Annual report of the Punjab Veterinary College and of the Civil Veterinary Department, Punjab - 1909-1919
Year: 1909
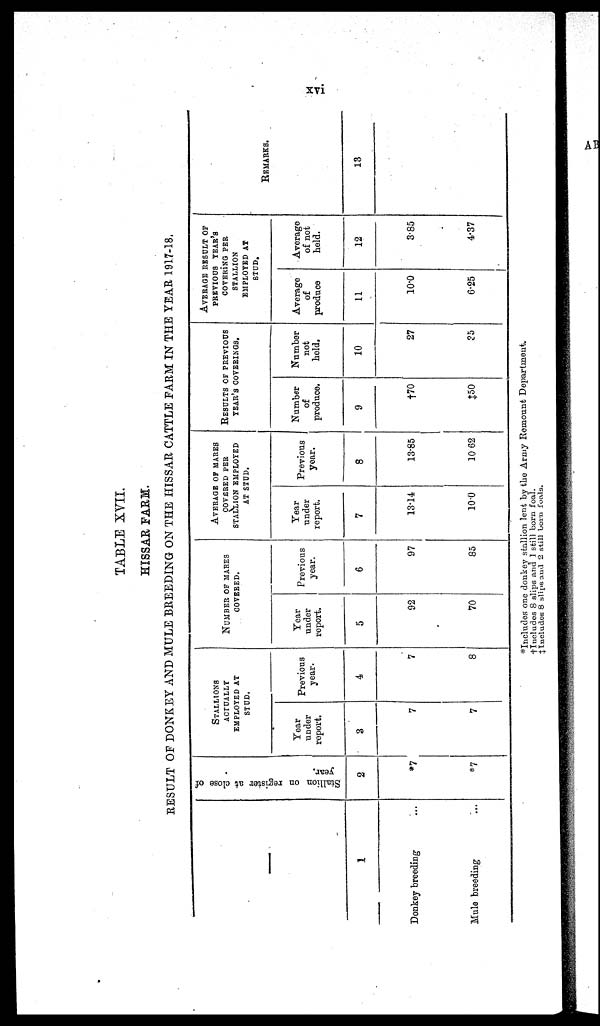
xvi
TABLE XYII.
HISSAR FARM.
RESULT OF DONKEY AND MULE BREEDING ON THE HISSAR CATTLE FARM IN THE YEAR 1917-18.
—
1
Donkey breeding ...
Mule breeding ...
Stallion on register at close of
year.
2
*7
*7
STALLIONS
ACTUALLY
EMPLOYED AT
STUD.
Year
under
report.
3
7
7
Previous
year.
4
7
8
NUMBER OF MARES
COVERED.
Year
under
report.
5
92
70
Previous
year.
6
97
85
AVERAGE OF MARES
COVERED PER
STALLION EMPLOYED
AT STUD.
Year
under
report.
7
13.14
10.0
Previous
year.
8
13.85
10 62
RESULTS OF PREVIOUS
YEAR'S COVERINGS.
Number
of
produce.
9
†70
‡50
Number
not
held.
10
27
35
AVERAGE RESULT OF
PREVIOUS YEAR'S
COVERING PER
STALLION
EMPLOYED AT
STUD.
Average
of
produce
11
10.0
6.25
Average
of not
held.
12
3.85
4.37
REMARKS.
13
*Includes one donkey stallion lent by the Army Remount Department.
†Includes 8 slips and 1 skill born foal.
‡ Includes 8 slips and 2 still born foals.